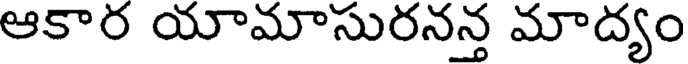
ఆకార యామాసురనన్త మాద్యం